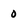
Character: 0